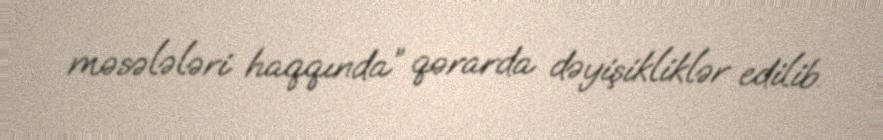
məsələləri haqqında” qərarda dəyişikliklər edilib.